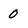
Character: 0